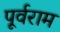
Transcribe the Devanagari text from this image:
पूर्वराम